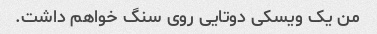
من یک ویسکی دوتایی روی سنگ خواهم داشت.